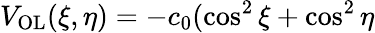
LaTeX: V_{\textrm{OL}}(\xi,\eta)=-c_{0}(\cos^{2}\xi+\cos^{2}\eta